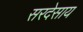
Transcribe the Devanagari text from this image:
सरदेसाय